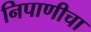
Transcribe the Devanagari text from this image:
निपाणीचा